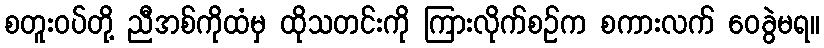
စတူးဝပ်တို့ ညီအစ်ကိုထံမှ ထိုသတင်းကို ကြားလိုက်စဉ်က စကားလက် ဝေခွဲမရ။